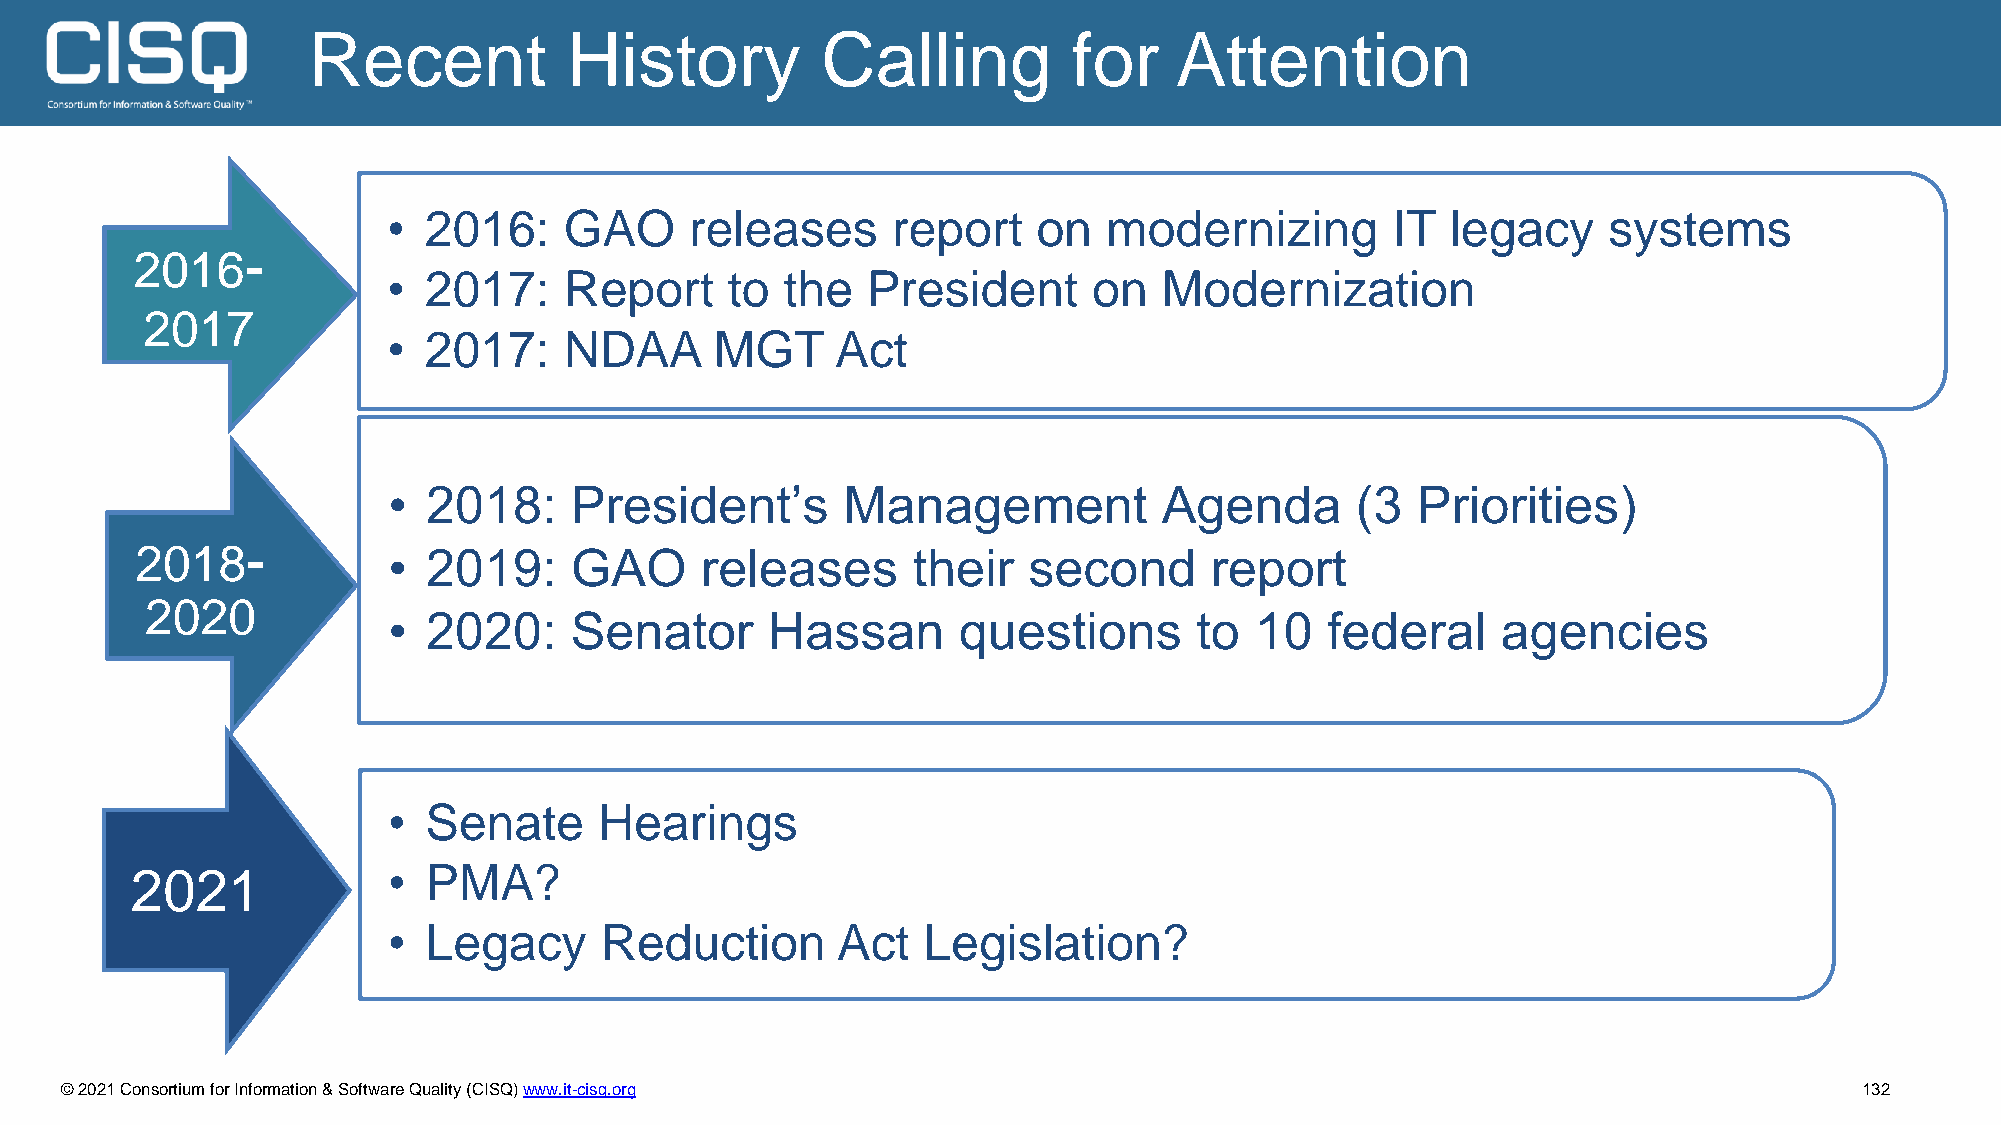
Recent            History         Calling          for    Attention
 • 2016:    GAO      releases     report    on  modernizing        IT  legacy    systems
 -
 2016
 • 2017:    Report     to  the  President      on   Modernization
 2017
 • 2017:    NDAA      MGT     Act
 • 2018:     President’s       Management           Agenda       (3  Priorities)
 -
 2018             • 2019:     GAO     releases      their   second      report
 2020
 • 2020:     Senator      Hassan      questions       to  10   federal    agencies
 • Senate      Hearings
 2021             • PMA?
 • Legacy      Reduction      Act   Legislation?
 © 2021 Consortium for Information & Software Quality (CISQ) www.it-cisq.org                                            132